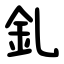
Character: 釓